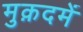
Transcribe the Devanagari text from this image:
मुक़दमें